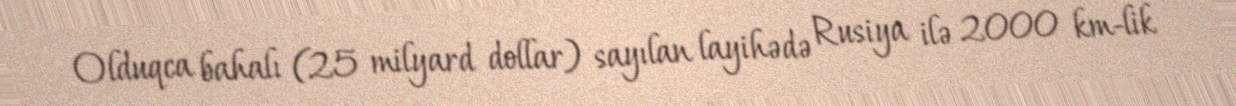
Olduqca bahalı (25 milyard dollar) sayılan layihədə Rusiya ilə 2000 km-lik